65_HS1-834228961_62-HQ-83894_SUB_A
Agency: FBI
Page 5
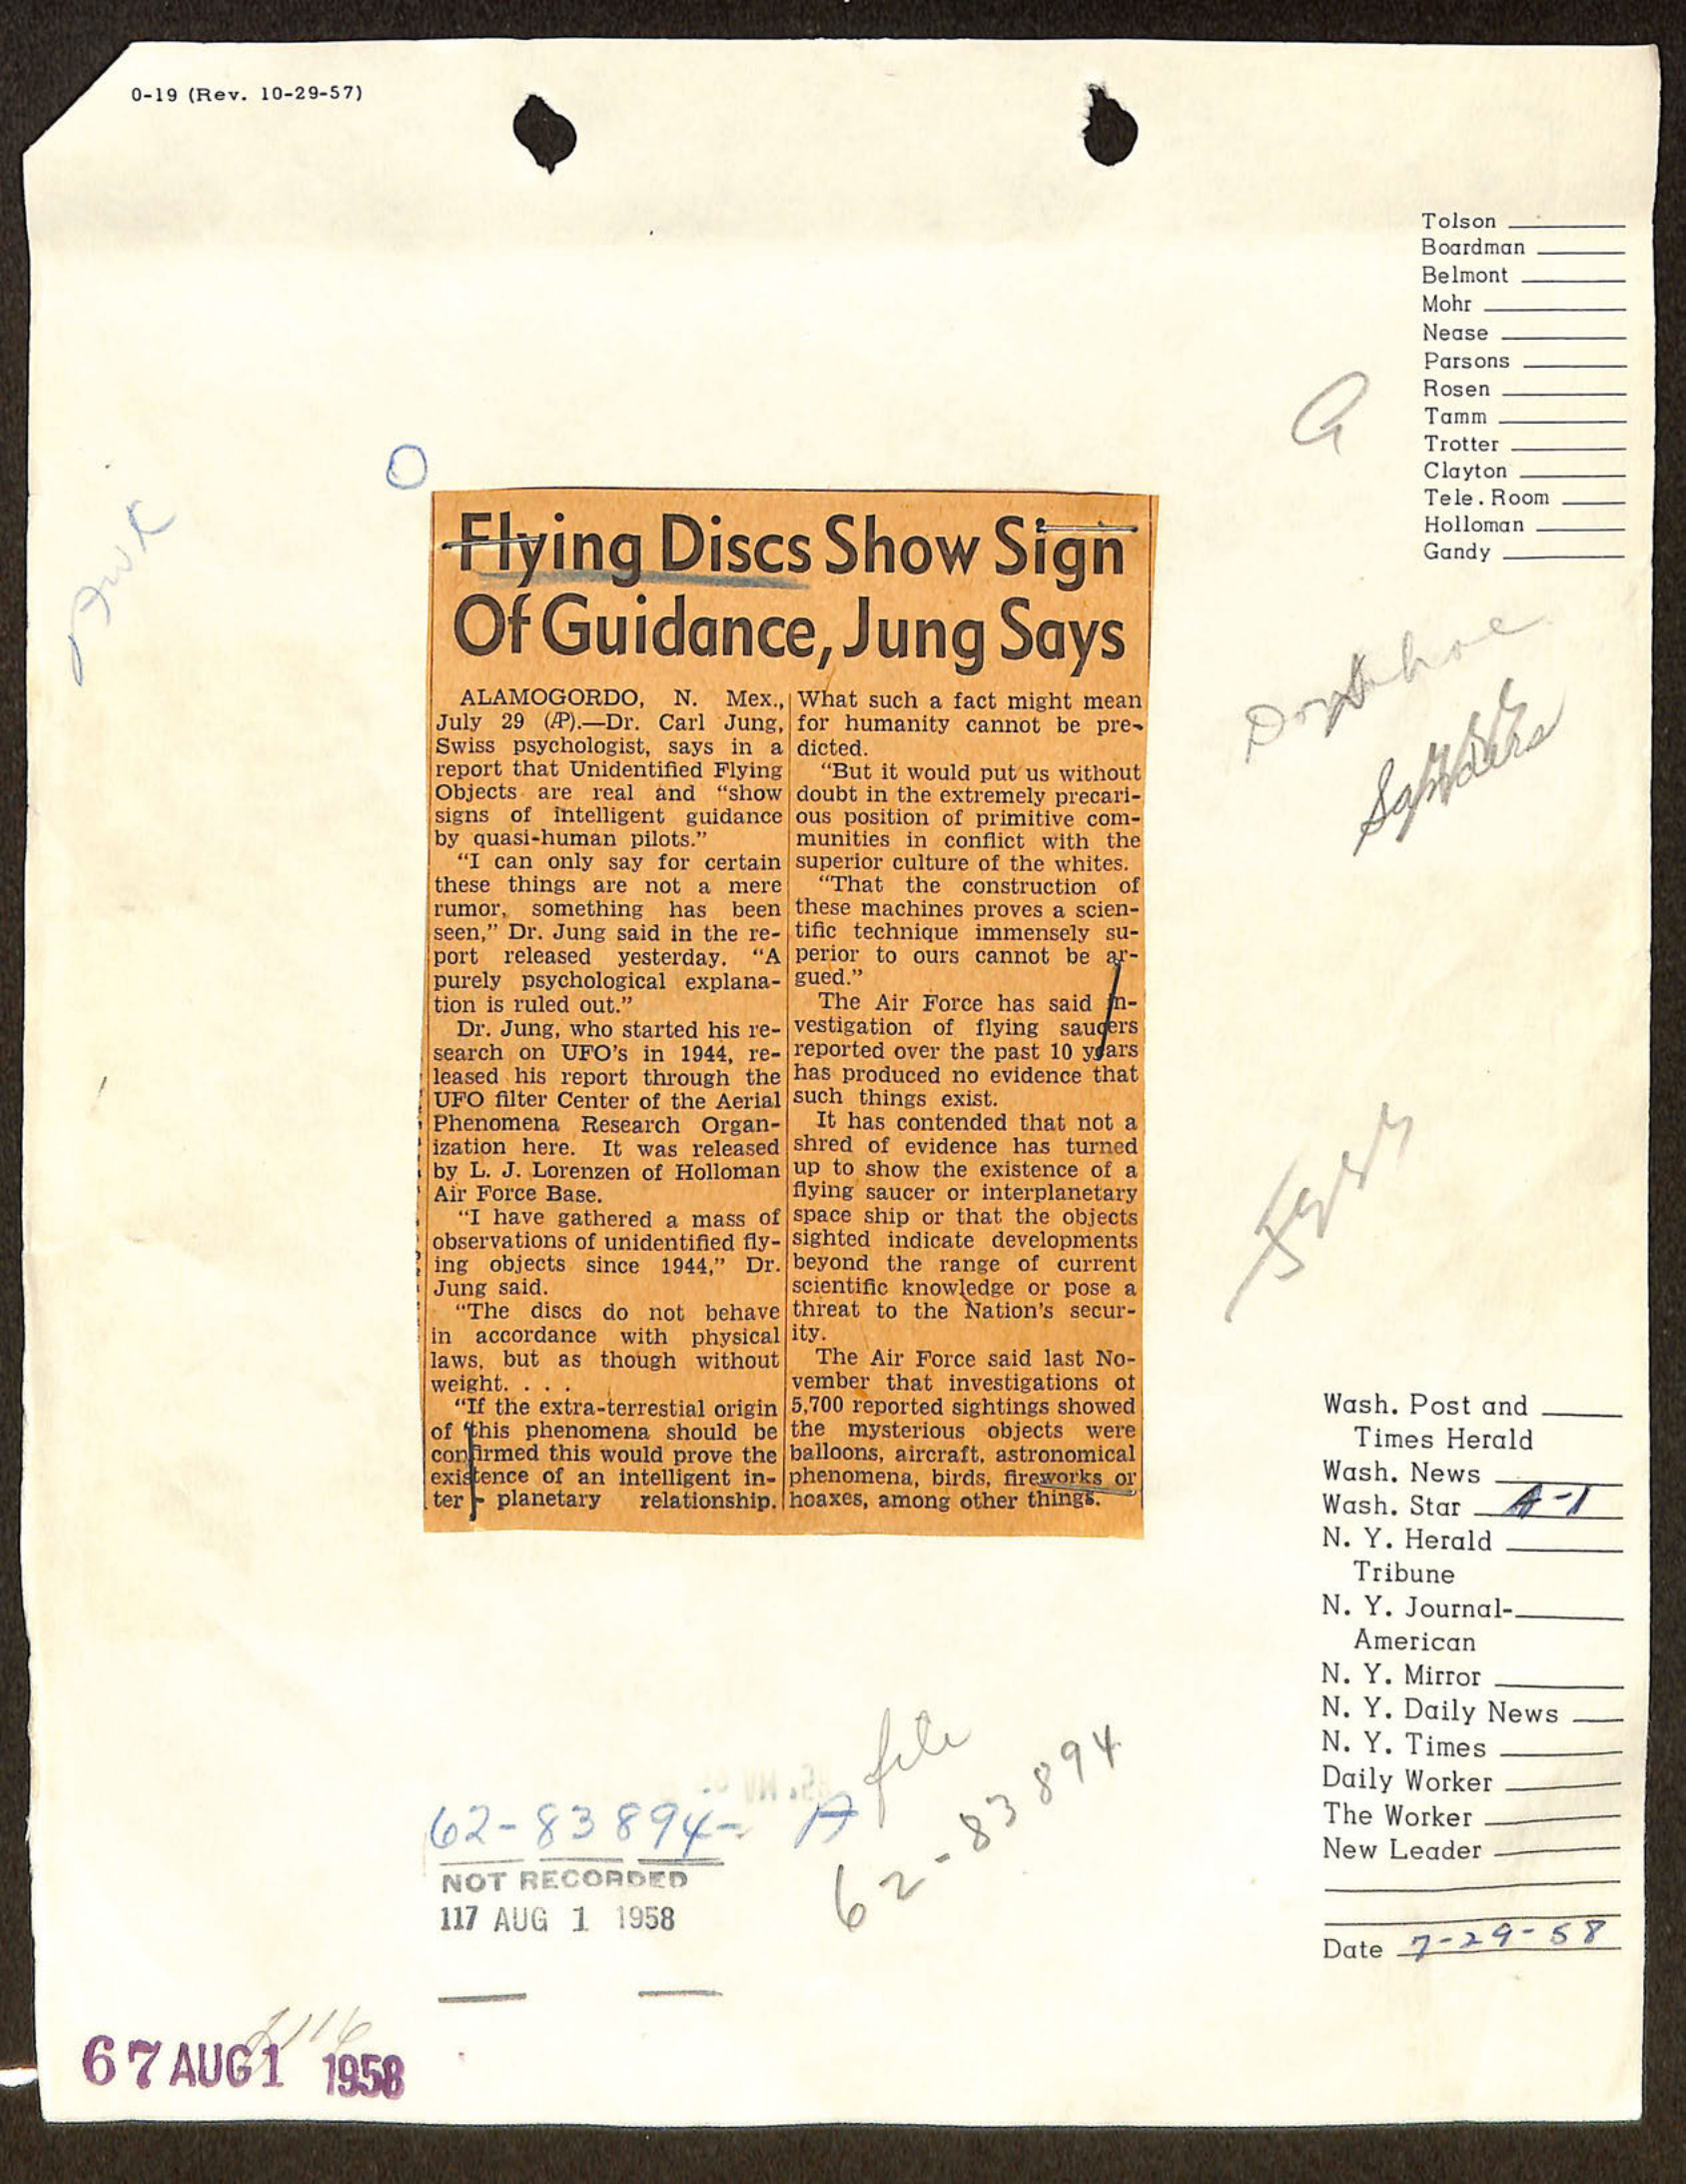